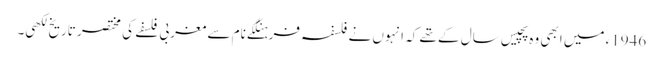
1946ء میں ابھی وہ پچیس سال کے تھے کہ انہوں نے فلسفہ فرہنگکے نام سے مغربی فلسفے کی مختصر تاریخ لکھی۔